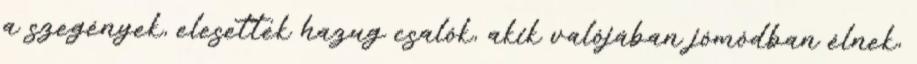
a szegények, elesettek hazug csalók, akik valójában jómódban élnek,